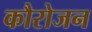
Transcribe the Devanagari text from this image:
कौरोजन